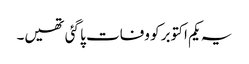
یہ یکم اکتوبر کو وفات پا گئی تھیں۔